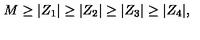
M \geq | Z _ { 1 } | \geq | Z _ { 2 } | \geq | Z _ { 3 } | \geq | Z _ { 4 } | ,